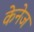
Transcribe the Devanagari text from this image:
केनेज